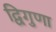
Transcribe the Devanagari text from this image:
द्विगुणा